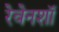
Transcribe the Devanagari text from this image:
रेवेनशॉ